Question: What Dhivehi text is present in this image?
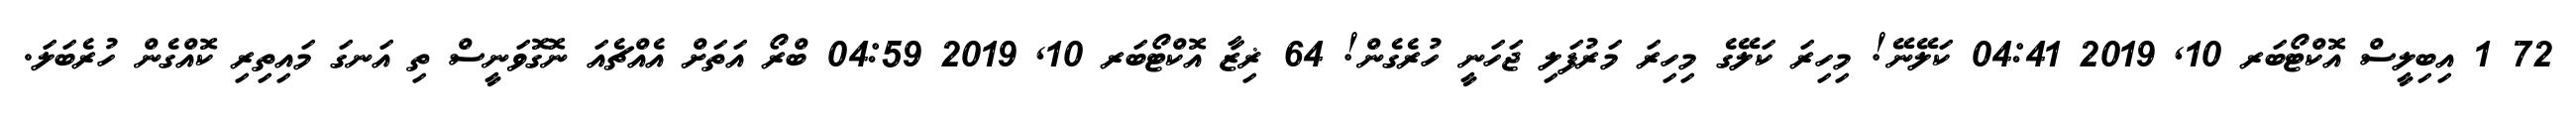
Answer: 72 1 އިބިލީސް އޮކްޓޯބަރ 10, 2019 04:41 ކަލޭނޭ! މިހިރަ ކަލޭގެ މިހިރަ މަރުފަލި ޖަހަނީ ހުރެގެން! 64 ޜިޒާ އޮކްޓޯބަރ 10, 2019 04:59 ބްރޯ އަތަށް އެއްޗެއަ ނޮގޮވަނީސް ތި އަނގަ މައިތިރި ކޮއްގެން ހުރެބަލަ.